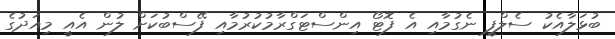
ބުޅަލާއެކު ސެލްފީ ނެގުމާއި އެ ފޮޓޯ އިންސްޓަގްރާމުކުރުމާއި ފޭސްބުކަށް ލުން އެއީ މިއަދުގެ